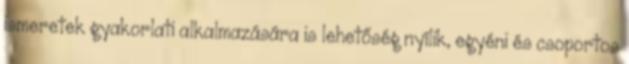
ismeretek gyakorlati alkalmazására is lehetőség nyílik, egyéni és csoportos